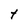
Character: t